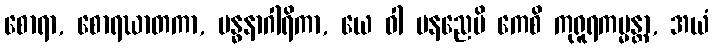
စောရာ, စောရဃာတကာ, ဗန္ဓနာဂါရိကာ, ယေ ဝါ ပနညေပိ ကေစိ ကုရူရကမ္မန္တာ, အယံ